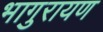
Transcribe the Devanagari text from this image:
भागुरायण